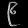
Digit: ၉